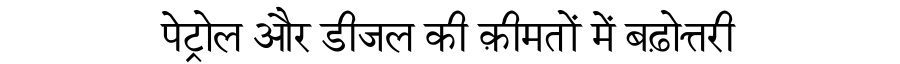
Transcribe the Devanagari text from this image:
पेट्रोल और डीजल की क़ीमतों में बढ़ोत्तरी